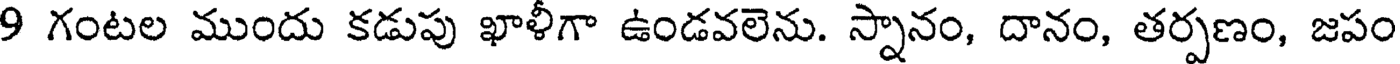
9 గంటల ముందు కడుపు ఖాళీగా ఉండవలెను. స్నానం, దానం, తర్పణం, జపం